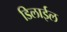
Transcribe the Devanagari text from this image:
डिलाईल